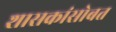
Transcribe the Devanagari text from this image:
शासकांसोबत